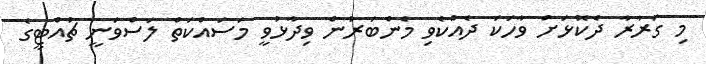
މި ގަރާރާ ދެކޮޅަށް ވާހަކަ ދެއްކެވި މެންބަރުން ވިދާޅުވީ މަސައްކަތް ލަސްވަނީ ޗުއްޓީގެ